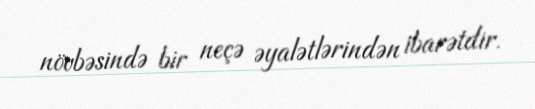
növbəsində bir neçə əyalətlərindən ibarətdir.